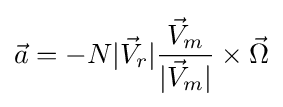
{\vec {a}}=-N|{\vec {V}}_{r}|{\frac {{\vec {V}}_{m}}{|{\vec {V}}_{m}|}}\times {\vec {\Omega }}